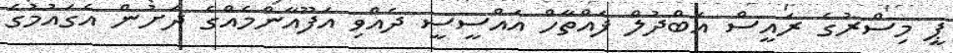
ޕީ މިސްރުގެ ރައީސް އަބްދުލް ފައްތާހް އައްސީސީ ދެއްވި އަފޫއާންމެއްގެ ދަށުން އެގައުމުގެ